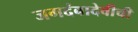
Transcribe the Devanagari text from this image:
जगदंबादेवीची